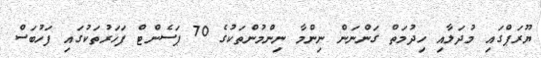
ޔޫރަޕްގައި މުދަލާއި ހިދުމަތް ގަންނަން ނިންމާ ނިންމުންތަކުގެ 70 ޕަސެންޓް ފަހަރުތަކުގައި ފަހުބަސް